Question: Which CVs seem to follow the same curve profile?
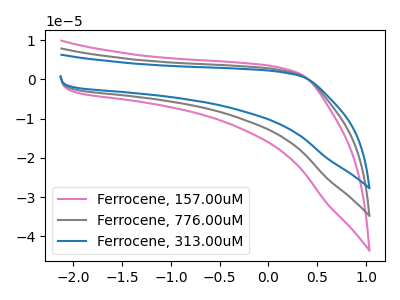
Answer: <think>The pink curve "Ferrocene, 157.00uM" has no peaks. The gray curve "Ferrocene, 776.00uM" has no peaks. The blue curve "Ferrocene, 313.00uM" has no peaks.
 Neither "Ferrocene, 157.00uM" or "Ferrocene, 776.00uM" have any peaks. Neither "Ferrocene, 157.00uM" or "Ferrocene, 313.00uM" have any peaks. Neither "Ferrocene, 776.00uM" or "Ferrocene, 313.00uM" have any peaks.</think>
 <answer>"Ferrocene, 157.00uM", "Ferrocene, 776.00uM" and "Ferrocene, 313.00uM" have the same shape and are likely CV's of the same chemical.</answer>
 <eval>"Ferrocene, 157.00uM" "Ferrocene, 776.00uM" "Ferrocene, 313.00uM"</eval>